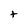
Character: t